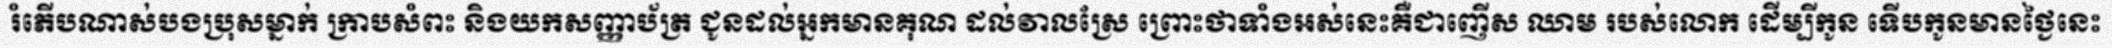
រំភើបណាស់បងប្រុសម្នាក់ ក្រាបសំពះ និងយកសញ្ញាប័ត្រ ជូនដល់អ្នកមានគុណ ដល់វាលស្រែ ព្រោះថាទាំងអស់នេះគឺជាញើស ឈាម របស់លោក ដើម្បីកូន ទើបកូនមានថ្ងៃនេះ